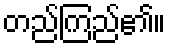
တည်ကြည်၏။